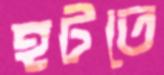
হটতে